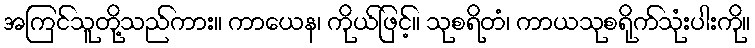
အကြင်သူတို့သည်ကား။ ကာယေန၊ ကိုယ်ဖြင့်။ သုစရိတံ၊ ကာယသုစရိုက်သုံးပါးကို။